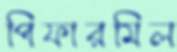
পিফারমিল